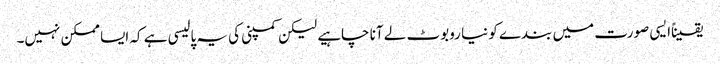
یقیناًایسی صورت میں بندے کو نیا روبوٹ لے آنا چاہیے لیکن کمپنی کی یہ پالیسی ہے کہ ایسا ممکن نہیں۔